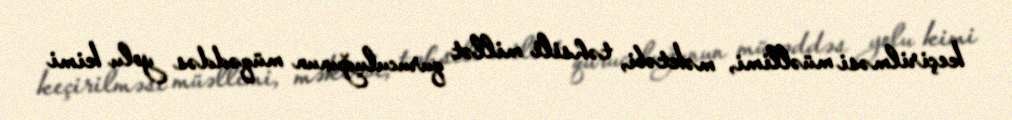
keçirilməsi müəllimi, məktəbi, təhsili millət quruculuğunun müqəddəs yolu kimi